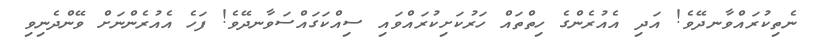
ނެތިކުރައްވާނދޭވެ! އަދި އެއުރެންގެ ހިތްތައް ހަރުކަށިކުރައްވައި ސިއްކަގައްސަވާނދޭވެ! ފަހެ އެއުރެންނަށް ވޭންދެނިވި